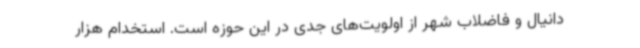
دانیال و فاضلاب شهر از اولویت‌های جدی در این حوزه است. استخدام هزار